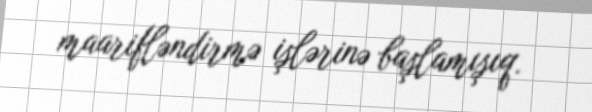
maarifləndirmə işlərinə başlamışıq.